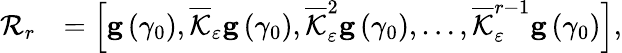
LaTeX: \begin{array}{rl}{\mathcal{R}_{r}}&{=\left[\mathbf{g}\left(\gamma_{0}\right),\overline{{\mathcal{K}}}_{\varepsilon}\mathbf{g}\left(\gamma_{0}\right),\overline{{\mathcal{K}}}_{\varepsilon}^{2}\mathbf{g}\left(\gamma_{0}\right),\ldots,\overline{{\mathcal{K}}}_{\varepsilon}^{r-1}\mathbf{g}\left(\gamma_{0}\right)\right],}\end{array}